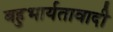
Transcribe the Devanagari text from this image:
बहुभार्यतावादी